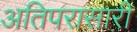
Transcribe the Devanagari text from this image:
अतिपरासारी